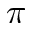
\pi